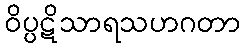
ဝိပ္ပဋိသာရသဟဂတာ